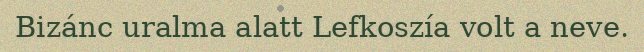
Bizánc uralma alatt Lefkoszía volt a neve.